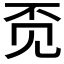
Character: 𲁑